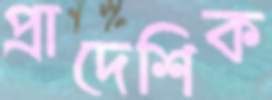
প্রাদেশিক